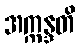
အက္ကန္ဒတိ